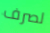
لصرف